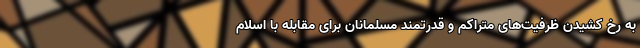
به رخ کشیدن ظرفیت‌های متراکم و قدرتمند مسلمانان برای مقابله با اسلام